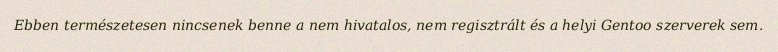
Ebben természetesen nincsenek benne a nem hivatalos, nem regisztrált és a helyi Gentoo szerverek sem.